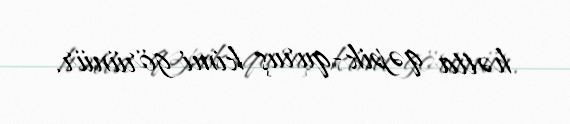
hətta qəpik-quruş kimi görünür.